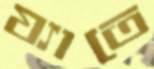
য্যাতে